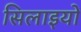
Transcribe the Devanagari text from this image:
सिलाइयों